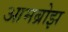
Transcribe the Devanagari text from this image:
आमब्रोझ